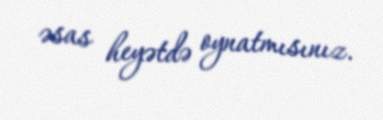
əsas heyətdə oynatmısınız.